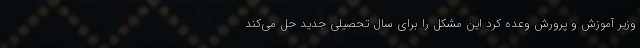
وزیر آموزش و پرورش وعده کرد این مشکل را برای سال تحصیلی جدید حل می‌کند